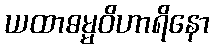
ယထာဓမ္မဝိဟာရိနော